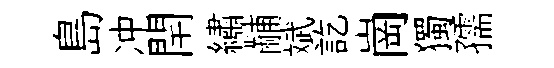
島冲閈繡黼斌訖崗獨孺